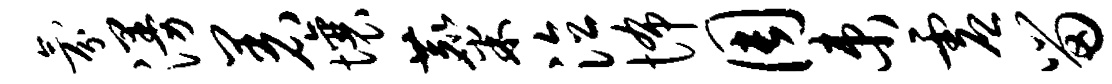
氛漫着壤麋泣怖周束虚留